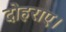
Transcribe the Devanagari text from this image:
दोहराए।